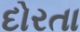
દોરતા